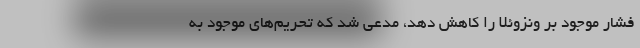
فشار موجود بر ونزوئلا را کاهش دهد، مدعی شد که تحریم‌های موجود به